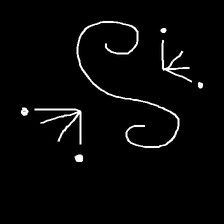
Glyph: aeroform